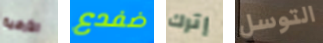
الأرضية ضفدع إترك التوسل